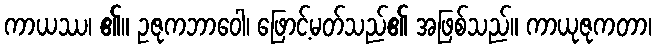
ကာယဿ၊ ၏။ ဥဇုကဘာဝေါ၊ ဖြောင့်မတ်သည်၏ အဖြစ်သည်။ ကာယုဇုကတာ၊